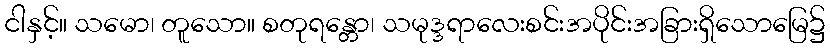
ငါနှင့်။ သမော၊ တူသော။ စတုရန္တော၊ သမုဒ္ဒရာလေးစင်းအပိုင်းအခြားရှိသောမြေ၌